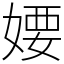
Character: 婹